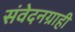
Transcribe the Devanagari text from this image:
संवेदनग्राही